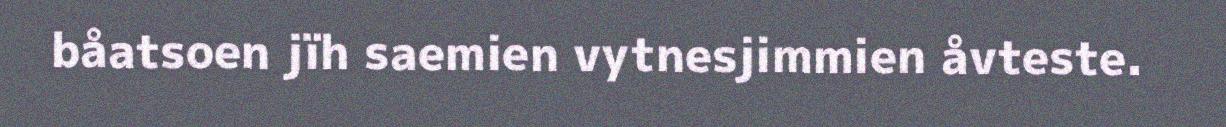
båatsoen jïh saemien vytnesjimmien åvteste.